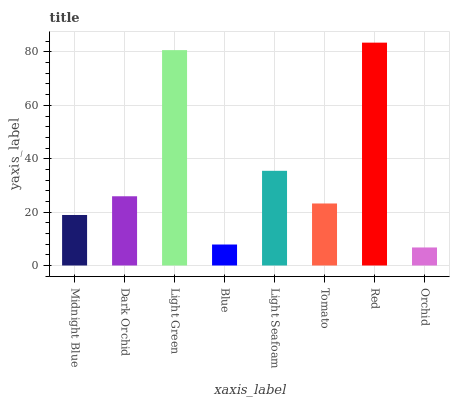
| xaxis_label | bars |
 | --- | --- |
 | Midnight Blue | 18.9 |
 | Dark Orchid | 25.9 |
 | Light Green | 80.7 |
 | Blue | 7.86 |
 | Light Seafoam | 35.5 |
 | Tomato | 23.2 |
 | Red | 83.5 |
 | Orchid | 6.76 |